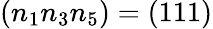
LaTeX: (n_{1}n_{3}n_{5})=(111)